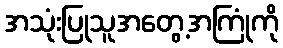
အသုံးပြုသူအတွေ့အကြုံကို